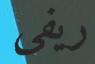
ريفى